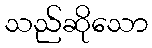
သည်ဆိုသော